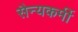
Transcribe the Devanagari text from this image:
सैन्यकर्मी